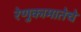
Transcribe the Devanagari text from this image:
रेणुकामातेचे